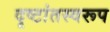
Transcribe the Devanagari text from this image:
दृष्टांतस्वरूप